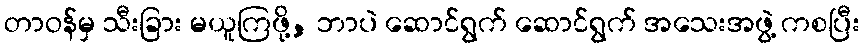
တာဝန်မှ သီးခြား မယူကြဖို့, ဘာပဲ ဆောင်ရွက် ဆောင်ရွက် အသေးအဖွဲ့ ကစပြီး